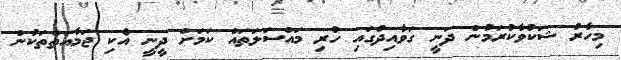
މިހާރު ޝަކުވާކުރަމުން ދަނީ ގަވާއިދުގައި ހުރި މައްސަލަތައް ކަމަށް ދީނީ އެކި ޖަމާއަތްތަކުން